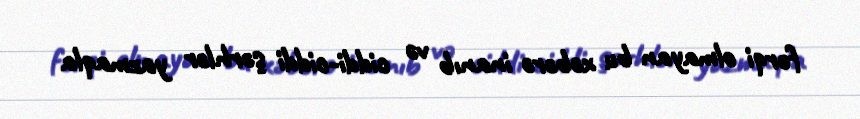
fərqi olmayan bu xəbərə inanıb və ciddi-ciddi şərhlər yazmaqla